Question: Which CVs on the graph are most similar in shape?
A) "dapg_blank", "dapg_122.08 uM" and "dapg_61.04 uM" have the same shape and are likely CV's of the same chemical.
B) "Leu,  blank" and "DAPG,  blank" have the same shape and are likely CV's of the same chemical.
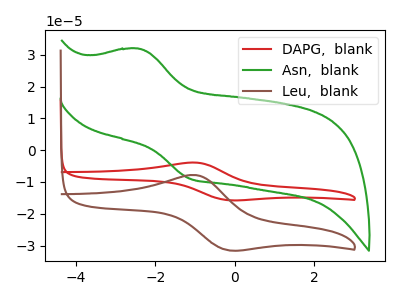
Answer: <think>The red curve "DAPG,  blank" has an anodic peak at (-1.00V, -3.95uA) and a cathodic peak at (-0.15V, -15.75uA). The green curve "Asn,  blank" has an anodic peak at (-2.45V, 31.90uA) and a cathodic peak at (-1.10V, -9.05uA). The brown curve "Leu,  blank" has an anodic peak at (-1.00V, -7.85uA) and a cathodic peak at (-0.15V, -31.50uA).
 "DAPG,  blank" and "Asn,  blank" have at least one peak that do not match. All the peaks in "DAPG,  blank" have a peak in "Leu,  blank" at the same potential. "Asn,  blank" and "Leu,  blank" have at least one peak that do not match.</think>
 <answer>B) "Leu,  blank" and "DAPG,  blank" have the same shape and are likely CV's of the same chemical.</answer>
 <eval>B</eval>